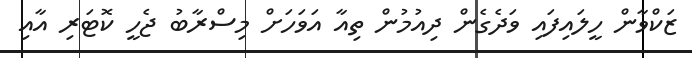
ޒަކްވާން ހީލައިފައި ވަދެގެން ދިއުމުން ތިއާ އަވަހަށް މިސްރާބު ޖެހީ ކޮޓަރި އާއި